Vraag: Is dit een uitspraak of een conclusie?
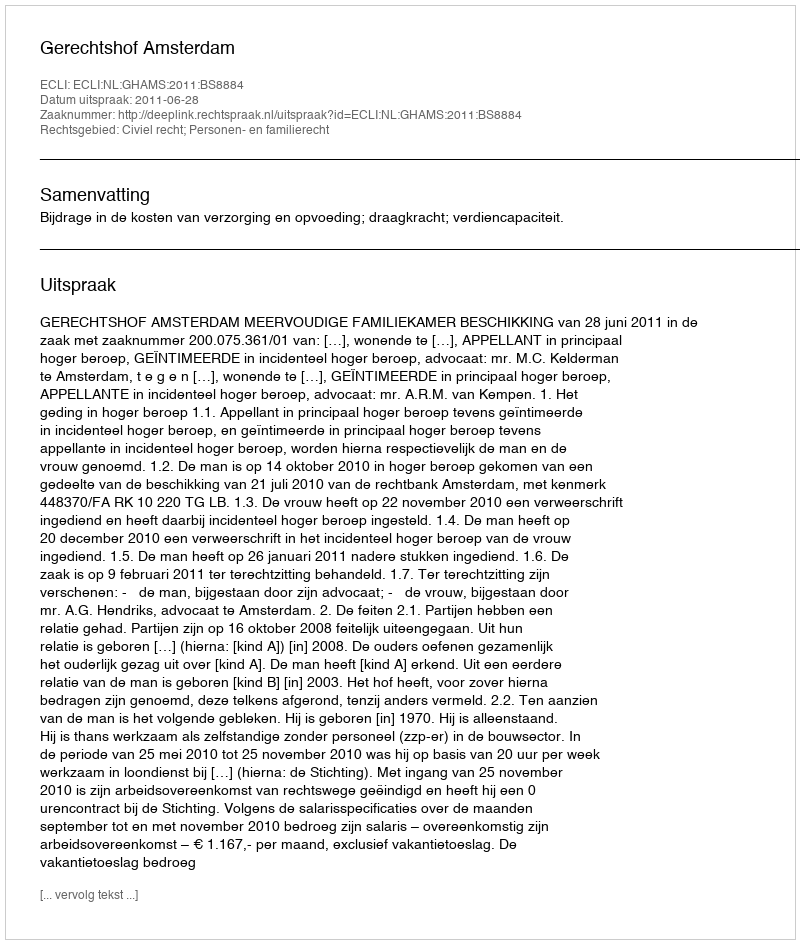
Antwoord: Uitspraak